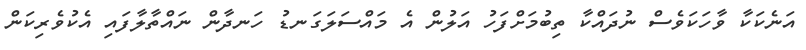
އަނެކަކާ ވާހަކަވެސް ނުދައްކާ ތިބުމަށްފަހު އަލުން އެ މައްސަލަގަނޑު ހަނދާން ނައްތާލާފައި އެކުވެރިކަން